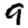
Digit: 9